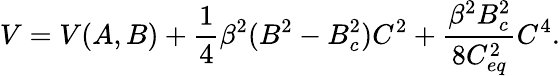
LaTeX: V=V(A,B)+\frac{1}{4}\beta^{2}(B^{2}-B_{c}^{2})C^{2}+\frac{\beta^{2}B_{c}^{2}}{8C_{eq}^{2}}C^{4}.